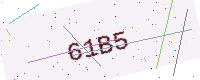
Text: 61B5